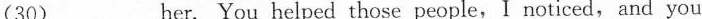
(30)___her. You helped those people,I noticed,and you